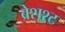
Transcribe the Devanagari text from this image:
ब्रेशश्ट